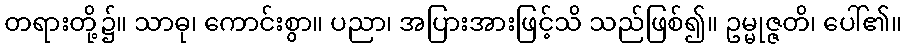
တရားတို့၌။ သာဓု၊ ကောင်းစွာ။ ပညာ၊ အပြားအားဖြင့်သိ သည်ဖြစ်၍။ ဥမ္မုဇ္ဇတိ၊ ပေါ်၏။